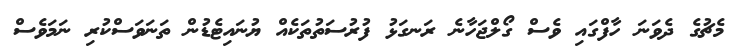
މެޗުގެ ދެވަނަ ހާފްގައި ވެސް ގޯލްޖަހާނެ ރަނގަޅު ފުރުސަތުތަކެއް ޔުނައިޓެޑުން ތަނަވަސްކުރި ނަމަވެސް